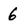
Character: 6